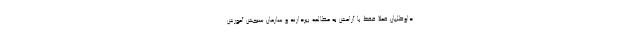
داوطلبان فعلا فقط با آرامش به مطالعه بپردازند و سازمان سنجش آموزش